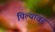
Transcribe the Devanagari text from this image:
पिल्यावर